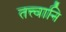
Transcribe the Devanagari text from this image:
तत्त्वानि